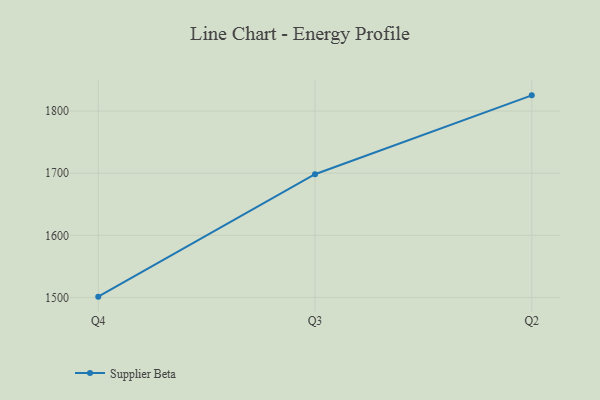
{"axis": {"x": "Quarter", "y": "Population (Million)"}, "legend": ["Supplier Beta"], "data": [{"x": "Q4", "y": 1501.3, "type": "Supplier Beta"}, {"x": "Q3", "y": 1698.3, "type": "Supplier Beta"}, {"x": "Q2", "y": 1825.3, "type": "Supplier Beta"}]}